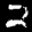
Label: 2